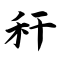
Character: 秆